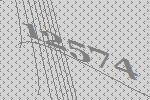
12574